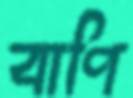
বাণি